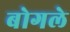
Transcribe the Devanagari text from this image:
बोगले